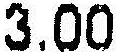
3.00